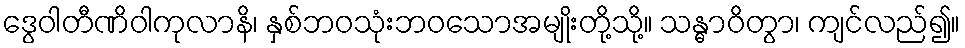
ဒွေဝါတီဏိဝါကုလာနိ၊ နှစ်ဘဝသုံးဘဝသောအမျိုးတို့သို့။ သန္ဓာဝိတွာ၊ ကျင်လည်၍။